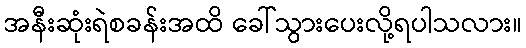
အနီးဆုံးရဲစခန်းအထိ ခေါ်သွားပေးလို့ရပါသလား။